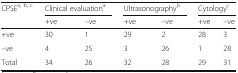
<table><thead><tr><td rowspan="2"><b>CPSE<sup>a, b, c</sup></b></td><td colspan="2"><b>Clinical evaluation<sup>a</sup></b></td><td colspan="2"><b>Ultrasonography<sup>b</sup></b></td><td colspan="2"><b>Cytology<sup>c</sup></b></td></tr><tr><td><b>+ve</b></td><td><b>–ve</b></td><td><b>+ve</b></td><td><b>–ve</b></td><td><b>+ve</b></td><td><b>–ve</b></td></tr></thead><tbody><tr><td>+ve</td><td>30</td><td>1</td><td>29</td><td>2</td><td>28</td><td>3</td></tr><tr><td>–ve</td><td>4</td><td>25</td><td>3</td><td>26</td><td>1</td><td>28</td></tr><tr><td>Total</td><td>34</td><td>26</td><td>32</td><td>28</td><td>29</td><td>31</td></tr></tbody></table>